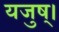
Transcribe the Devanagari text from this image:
यजुष्।